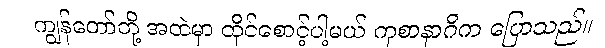
ကျွန်တော်တို့ အထဲမှာ ထိုင်စောင့်ပါ့မယ် ကုစာနာဂိက ပြောသည်။